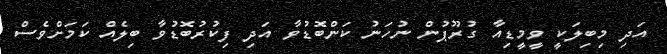
އަދި މިބިލަކީ ވީމީޑިއާ ގުރޫޕުން ނުހަނު ކަންބޮޑުވާ އަދި ފިކުރުބޮޑުވާ ބިލެއް ކަމަށްވެސް